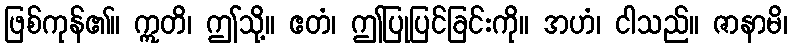
ဖြစ်ကုန်၏။ ဣတိ၊ ဤသို့။ ဧတံ၊ ဤပြုပြင်ခြင်းကို။ အဟံ၊ ငါသည်။ ဇာနာမိ၊